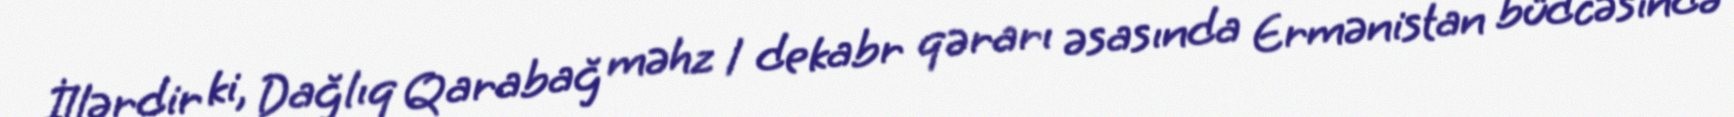
İllərdir ki, Dağlıq Qarabağ məhz 1 dekabr qərarı əsasında Ermənistan büdcəsində